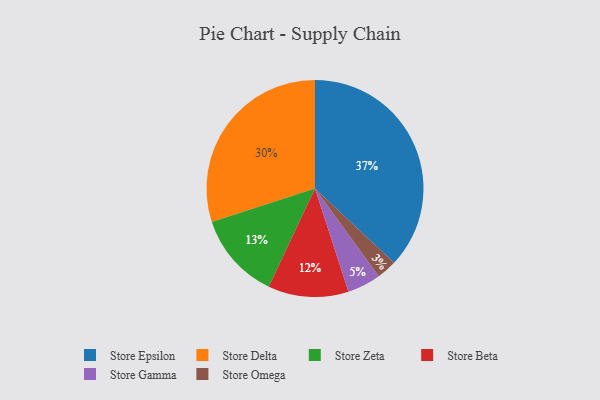
{"axis": {"x": "Category", "y": "Percentage"}, "legend": ["Store Beta", "Store Delta", "Store Epsilon", "Store Gamma", "Store Omega", "Store Zeta"], "data": [{"x": "Store Gamma", "y": 5, "type": "Store Gamma"}, {"x": "Store Delta", "y": 30, "type": "Store Delta"}, {"x": "Store Beta", "y": 12, "type": "Store Beta"}, {"x": "Store Epsilon", "y": 37, "type": "Store Epsilon"}, {"x": "Store Zeta", "y": 13, "type": "Store Zeta"}, {"x": "Store Omega", "y": 3, "type": "Store Omega"}]}